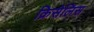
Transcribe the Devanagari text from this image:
क्रिसेलिस